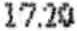
17.20